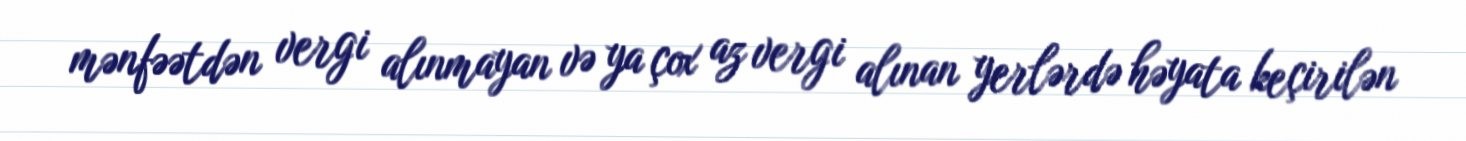
mənfəətdən vergi alınmayan və ya çox az vergi alınan yerlərdə həyata keçirilən